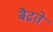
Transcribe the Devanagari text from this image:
बैढते